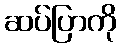
ဆပ်ပြာကို